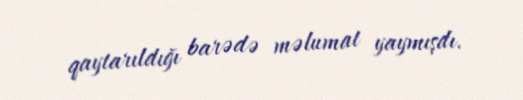
qaytarıldığı barədə məlumat yaymışdı.